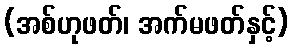
(အစ်ဟုဖတ်၊ အက်မဖတ်နှင့်)